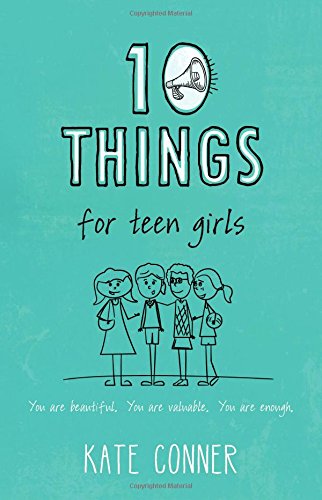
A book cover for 10 Things For Teen Girls; Kate Conner; Christian Books & Bibles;